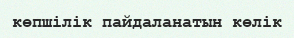
көпшілік пайдаланатын көлік